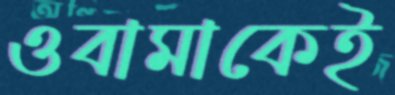
ওবামাকেই